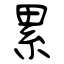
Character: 累